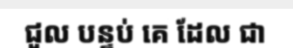
ជួល បន្ទប់ គេ ដែល ជា